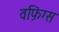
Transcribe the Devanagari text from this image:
वफ़िंग्स